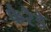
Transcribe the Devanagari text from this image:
फैरैडे